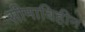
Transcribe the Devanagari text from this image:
सीमाविहीन